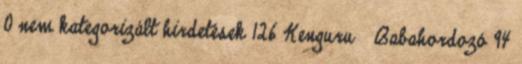
0 nem kategorizált hirdetések 126 Kenguru Babahordozó 94